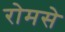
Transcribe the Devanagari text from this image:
रोमसे